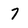
Character: 7